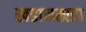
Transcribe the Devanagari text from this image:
खडानखडा